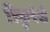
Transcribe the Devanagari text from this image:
रिकुपेरो